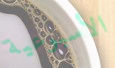
الأسبوعية